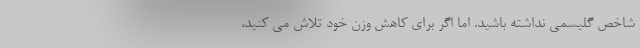
شاخص گلیسمی نداشته باشید. اما اگر برای کاهش وزن خود تلاش می کنید،